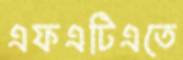
এফএটিএতে